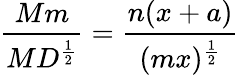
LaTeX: {\frac{Mm}{MD^{\frac{1}{2}}}}={\frac{n(x+a)}{(mx)^{\frac{1}{2}}}}